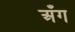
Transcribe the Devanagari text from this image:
अँग